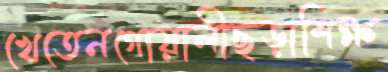
খেতেনগোয়ালীছড়াশিক্ষ